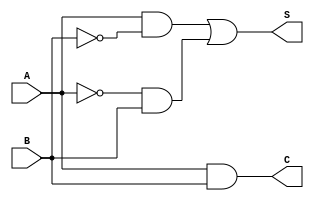
module OneBitAdderHalf(
	A,
	B,
	S,
	C
);


input wire	A;
input wire	B;
output wire	S;
output wire	C;

wire	SYNTHESIZED_WIRE_0;
wire	SYNTHESIZED_WIRE_1;
wire	SYNTHESIZED_WIRE_2;
wire	SYNTHESIZED_WIRE_3;




assign	SYNTHESIZED_WIRE_3 = SYNTHESIZED_WIRE_0 & B;

assign	SYNTHESIZED_WIRE_0 =  ~A;

assign	SYNTHESIZED_WIRE_2 = A & SYNTHESIZED_WIRE_1;

assign	SYNTHESIZED_WIRE_1 =  ~B;

assign	S = SYNTHESIZED_WIRE_2 | SYNTHESIZED_WIRE_3;

assign	C = A & B;


endmodule